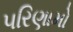
૫રિણામો